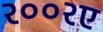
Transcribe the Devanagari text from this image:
२००२ए